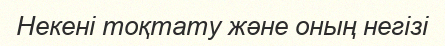
Некені тоқтату және оның негізі